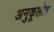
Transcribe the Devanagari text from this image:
अनुकूलोत